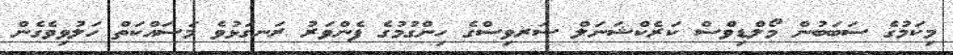
މިކަމުގެ ސަބަބުން މޯލްޑިވްސް ކަރެކްޝަނަލް ސަރވިސްގެ ހިންގުމުގެ ފެންވަރު ރަނގަޅުވެ މަސައްކަތް ހަލުވިވެގެން